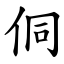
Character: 侗